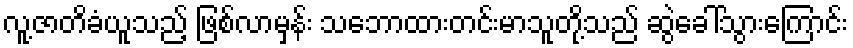
လူ့ဇာတိခံယူသည့် ဖြစ်လာမှန်း သဘောထားတင်းမာသူတို့သည် ဆွဲခေါ်သွားကြောင်း